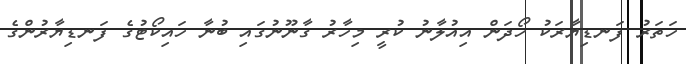
ހަތަރު ފަނޑިޔާރަކު ހޯދަން އިއުލާނު ކުރީ މިހާރު ގާނޫނުގައި ބުނާ ހައިކޯޓުގެ ފަނޑިޔާރުންގެ